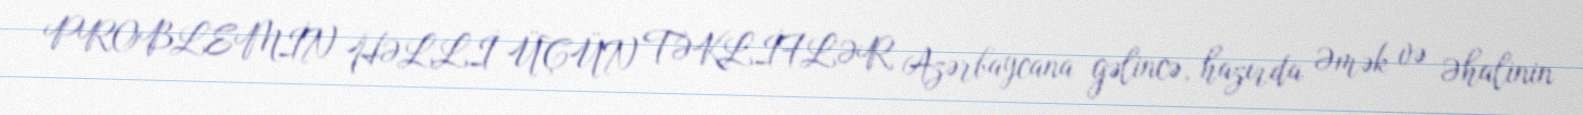
PROBLEMİN HƏLLİ ÜÇÜN TƏKLİFLƏR Azərbaycana gəlincə, hazırda Əmək və Əhalinin